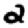
Digit: 2